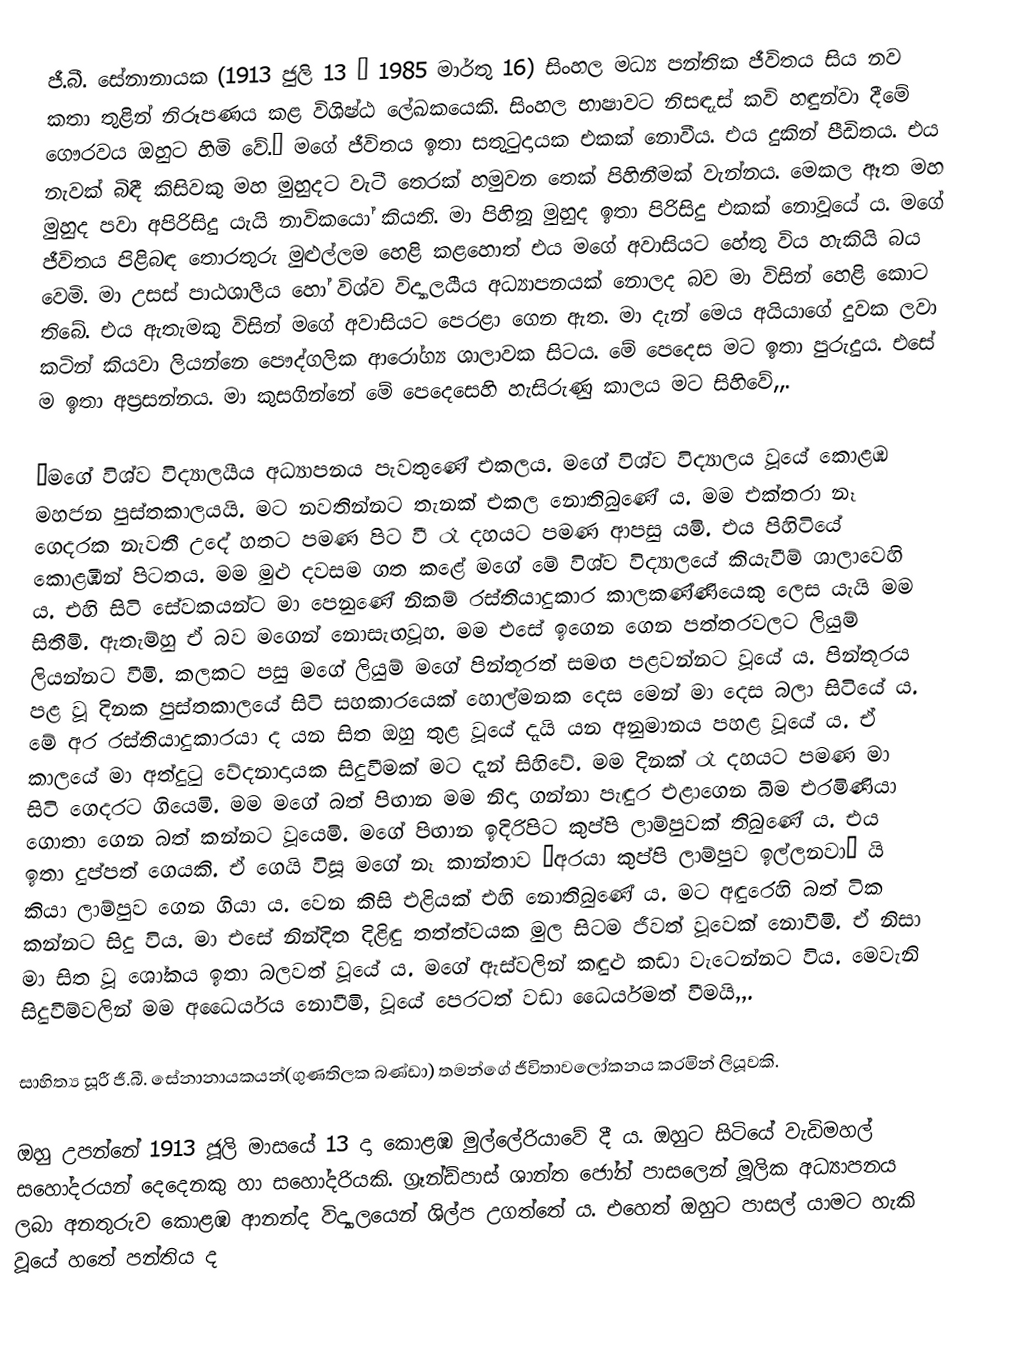
ජී.බී. සේනානායක (1913 ජුලි 13 – 1985 මාර්තු 16) සිංහල මධ්‍ය පන්තික ජීවිතය සිය නව කතා තුළින් නිරූපණය කළ විශිෂ්ඨ ලේඛකයෙකි. සිංහල භාෂාවට නිසඳැස් කවි හඳුන්වා දීමේ ගෞරවය ඔහුට හිමි වේ.“ මගේ ජීවිතය ඉතා සතුටුදායක එකක් නොවීය. එය දුකින් පීඩිතය. එය නැවක් බිඳී කිසිවකු මහ මුහුදට වැටී තෙරක් හමුවන තෙක් පිහිනීමක් වැන්නය. මෙකල ඈත මහ මුහුද පවා අපිරිසිදු යැයි නාවිකයෝ කියති. මා පිහිනූ මුහුද ඉතා පිරිසිදු එකක් නොවූයේ ය. මගේ ජීවිතය පිළිබඳ තොරතුරු මුළුල්ලම හෙළි කළහොත් එය මගේ අවාසියට හේතු විය හැකියි බය වෙමි. මා උසස් පාඨශාලීය හෝ විශ්ව විද්‍යාලයීය අධ්‍යාපනයක් නොලද බව මා විසින් හෙළි කොට තිබේ. එය ඇතැමකු විසින් මගේ අවාසියට පෙරළා ගෙන ඇත. මා දැන් මෙය අයියාගේ දුවක ලවා කටින් කියවා ලියන්නෙ පෞද්ගලික ආරෝග්‍ය ශාලාවක සිටය. මේ පෙදෙස මට ඉතා පුරුදුය. එසේ ම ඉතා අප්‍රසන්නය. මා කුසගින්නේ මේ පෙදෙසෙහි හැසිරුණු කාලය මට සිහිවේ,,.

“මගේ විශ්ව විද්‍යාලයීය අධ්‍යාපනය පැවතුණේ එකලය. මගේ විශ්ව විද්‍යාලය වූයේ කොළඹ මහජන පුස්තකාලයයි. මට නවතින්නට තැනක් එකල නොතිබුණේ ය. මම එක්තරා නෑ ගෙදරක නැවතී උදේ හතට පමණ පිට වී රෑ දහයට පමණ ආපසු යමි. එය පිහිටියේ කොළඹින් පිටතය. මම මුළු දවසම ගත කළේ මගේ මේ විශ්ව විද්‍යාලයේ කියැවීම් ශාලාවෙහි ය. එහි සිටි සේවකයන්ට මා පෙනුණේ නිකම් රස්තියාදුකාර කාලකණ්ණියෙකු ලෙස යැයි මම සිතීමි. ඇතැම්හු ඒ බව මගෙන් නොසැඟවූහ. මම එසේ ඉගෙන ගෙන පත්තරවලට ලියුම් ලියන්නට වීමි. කලකට පසු මගේ ලියුම් මගේ පින්තූරත් සමඟ පළවන්නට වූයේ ය. පින්තූරය පළ වූ දිනක පුස්තකාලයේ සිටි සහකාරයෙක් හොල්මනක දෙස මෙන් මා දෙස බලා සිටියේ ය. මේ අර රස්තියාදුකාරයා ද යන සිත ඔහු තුළ වූයේ දැයි යන අනුමානය පහළ වූයේ ය. ඒ කාලයේ මා අත්දුටු වේදනාදායක සිදුවීමක් මට දැන් සිහිවේ. මම දිනක් රෑ දහයට පමණ මා සිටි ගෙදරට ගියෙමි. මම මගේ බත් පිඟාන මම නිදා ගන්නා පැඳුර එළාගෙන බිම එරමිණියා ගොතා ගෙන බත් කන්නට වූයෙමි. මගේ පිඟාන ඉදිරිපිට කුප්පි ලාම්පුවක් තිබුණේ ය. එය ඉතා දුප්පත් ගෙයකි. ඒ ගෙයි විසූ මගේ නෑ කාන්තාව “අරයා කුප්පි ලාම්පුව ඉල්ලනවා“ යි කියා ලාම්පුව ගෙන ගියා ය. වෙන කිසි එළියක් එහි නොතිබුණේ ය. මට අඳුරෙහි බත් ටික කන්නට සිදු විය. මා එසේ නින්දිත දිළිඳු තත්ත්වයක මුල සිටම ජීවත් වූවෙක් නොවීමි. ඒ නිසා මා සිත වූ ශෝකය ඉතා බලවත් වූයේ ය. මගේ ඇස්වලින් කඳුළු කඩා වැටෙන්නට විය. මෙවැනි සිදුවීම්වලින් මම අධෛර්යය නොවීමි, වූයේ පෙරටත් වඩා ධෛර්යමත් වීමයි,,.

සාහිත්‍ය සූරී ජී.බී. සේනානායකයන්(ගුණතිලක බණ්ඩා) තමන්ගේ ජීවිතාවලෝකනය කරමින් ලියූවකි.

ඔහු උපන්නේ 1913 ජූලි මාසයේ 13 දා කොළඹ මුල්ලේරියාවේ දී ය. ඔහුට සිටියේ වැඩිමහල් සහෝදරයන් දෙදෙනකු හා සහෝදරියකි. ග්‍රෑන්ඩ්පාස් ශාන්ත ජෝන් පාසලෙන් මූලික අධ්‍යාපනය ලබා අනතුරුව කොළඹ ආනන්ද විද්‍යාලයෙන් ශිල්ප උගත්තේ ය. එහෙත් ඔහුට පාසල් යාමට හැකි වූයේ හතේ පන්තිය ද